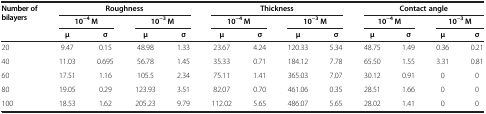
<table><thead><tr><td rowspan="2"><b>Number of bilayers</b></td><td colspan="4"><b>Roughness</b></td><td colspan="4"><b>Thickness</b></td><td colspan="4"><b>Contact angle</b></td></tr><tr><td colspan="2"><b>10<sup>-4</sup> M</b></td><td colspan="2"><b>10<sup>-3</sup> M</b></td><td colspan="2"><b>10<sup>-4</sup> M</b></td><td colspan="2"><b>10<sup>-3</sup> M</b></td><td colspan="2"><b>10<sup>-4</sup> M</b></td><td colspan="2"><b>10<sup>-3</sup> M</b></td></tr><tr><td><b> </b></td><td><b>μ</b></td><td><b>σ</b></td><td><b>μ</b></td><td><b>σ</b></td><td><b>μ</b></td><td><b>σ</b></td><td><b>μ</b></td><td><b>σ</b></td><td><b>μ</b></td><td><b>σ</b></td><td><b>μ</b></td><td><b>σ</b></td></tr></thead><tbody><tr><td>20</td><td>9.47</td><td>0.15</td><td>48.98</td><td>1.33</td><td>23.67</td><td>4.24</td><td>120.33</td><td>5.34</td><td>48.75</td><td>1.49</td><td>0.36</td><td>0.21</td></tr><tr><td>40</td><td>11.03</td><td>0.695</td><td>56.78</td><td>1.45</td><td>35.33</td><td>0.71</td><td>184.12</td><td>7.78</td><td>65.50</td><td>1.55</td><td>3.31</td><td>0.81</td></tr><tr><td>60</td><td>17.51</td><td>1.16</td><td>105.5</td><td>2.34</td><td>75.11</td><td>1.41</td><td>365.03</td><td>7.07</td><td>30.12</td><td>0.91</td><td>0</td><td>0</td></tr><tr><td>80</td><td>19.05</td><td>0.29</td><td>123.93</td><td>3.51</td><td>82.07</td><td>0.70</td><td>461.06</td><td>0.35</td><td>28.51</td><td>1.66</td><td>0</td><td>0</td></tr><tr><td>100</td><td>18.53</td><td>1.62</td><td>205.23</td><td>9.79</td><td>112.02</td><td>5.65</td><td>486.07</td><td>5.65</td><td>28.02</td><td>1.41</td><td>0</td><td>0</td></tr></tbody></table>